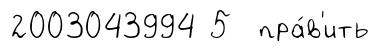
2003043994 5 пра́в'ить